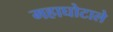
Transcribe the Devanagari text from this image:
महाघोटाले